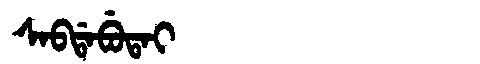
Manchu: ᠰᠠᠪᡩᠠᠪᡠᡨᠠᡳ
Romanization: SABDABUTAI